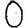
Digit: 0